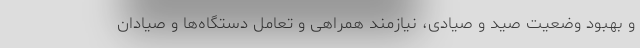
و بهبود وضعیت صید و صیادی، نیازمند همراهی و تعامل دستگاه‌ها و صیادان